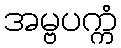
အမ္ဗပက္ကံ